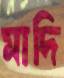
মাদি